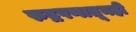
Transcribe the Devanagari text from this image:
रुद्रपणातूनही